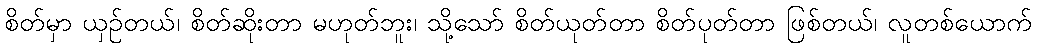
စိတ်မှာ ယှဉ်တယ်၊ စိတ်ဆိုးတာ မဟုတ်ဘူး၊ သို့သော် စိတ်ယုတ်တာ စိတ်ပုတ်တာ ဖြစ်တယ်၊ လူတစ်ယောက်